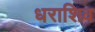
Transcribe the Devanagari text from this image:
धराशिव